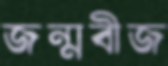
জন্মবীজ